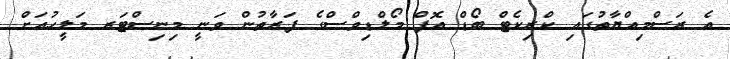
އެ ރަސްމިއްޔާތުގައި ކްރިކެޓް ބޯޑް އޮފް މޯލްޑިވްސްގެ ފަރާތުން ވަނީ މިނިސްޓަރ މަލީހުއަށް